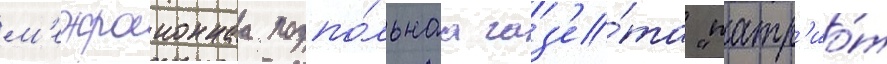
м'ежраионнаа подпо́льнаа газ'е́та "патр'ио́т